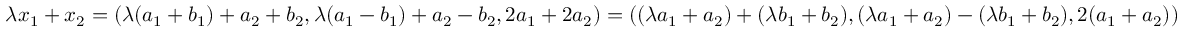
\lambda x _ { 1 } + x _ { 2 } = ( \lambda ( a _ { 1 } + b _ { 1 } ) + a _ { 2 } + b _ { 2 } , \lambda ( a _ { 1 } - b _ { 1 } ) + a _ { 2 } - b _ { 2 } , 2 a _ { 1 } + 2 a _ { 2 } ) = ( ( \lambda a _ { 1 } + a _ { 2 } ) + ( \lambda b _ { 1 } + b _ { 2 } ) , ( \lambda a _ { 1 } + a _ { 2 } ) - ( \lambda b _ { 1 } + b _ { 2 } ) , 2 ( a _ { 1 } + a _ { 2 } ) )